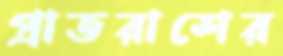
প্রাতরাশের